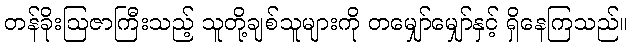
တန်ခိုးဩဇာကြီးသည့် သူတို့ချစ်သူများကို တမျှော်မျှော်နှင့် ရှိနေကြသည်။